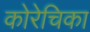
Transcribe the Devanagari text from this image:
कोरेचिका